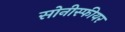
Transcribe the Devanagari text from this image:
सोनीस्फीयर